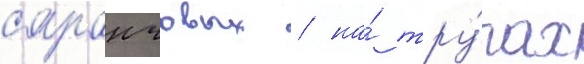
саранчовых / на́ тру́пах